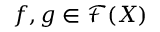
f , g \in { \mathcal { F } } ( X )